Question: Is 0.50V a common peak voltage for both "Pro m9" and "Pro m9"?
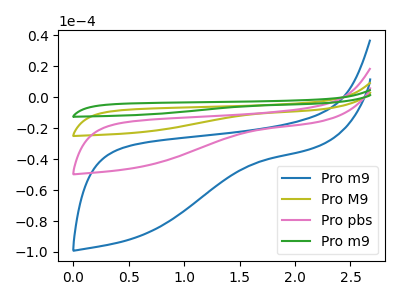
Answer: <think>The blue curve "Pro m9" has no peaks. The olive curve "Pro M9" has no peaks. The pink curve "Pro pbs" has no peaks. The green curve "Pro m9" has no peaks.</think>
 <answer>No, "Pro m9" and "Pro m9" dont share a peak at 0.50V.</answer>
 <eval>mismatch</eval>